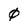
Character: 0